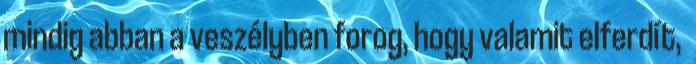
mindig abban a veszélyben forog, hogy valamit elferdít,